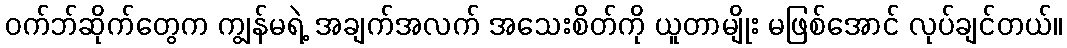
ဝက်ဘ်ဆိုက်တွေက ကျွန်မရဲ့ အချက်အလက် အသေးစိတ်ကို ယူတာမျိုး မဖြစ်အောင် လုပ်ချင်တယ်။